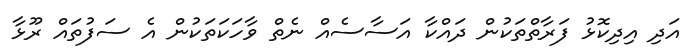
އަދި އިދިކޮޅު ފަރާތްތަކުން ދައްކާ އަސާސެއް ނެތް ވާހަކަތަކުން އެ ސަފުތައް ރޫޅާ